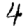
Digit: 4